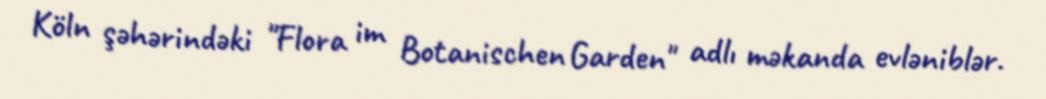
Köln şəhərindəki "Flora im Botanischen Garden" adlı məkanda evləniblər.